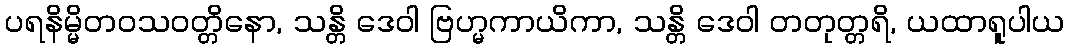
ပရနိမ္မိတဝသဝတ္တိနော, သန္တိ ဒေဝါ ဗြဟ္မကာယိကာ, သန္တိ ဒေဝါ တတုတ္တရိ, ယထာရူပါယ